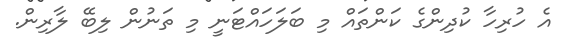
އެ ހުރިހާ ކުދިންގެ ކަންތައް މި ބަލަހައްޓަނީ މި ތަނުން ލިބޭ ލާރިން.